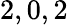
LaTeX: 2,0,2